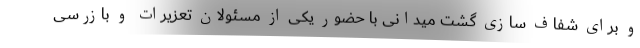
و برای شفاف سازی گشت میدانی با حضور یکی از مسئولان تعزیرات و بازرسی